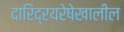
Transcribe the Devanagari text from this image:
दारिद्रयरेषेखालील